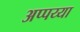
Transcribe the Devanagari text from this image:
अप्पय्या